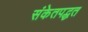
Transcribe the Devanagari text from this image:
संकेतपद्धत